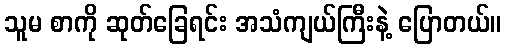
သူမ စာကို ဆုတ်ခြေရင်း အသံကျယ်ကြီးနဲ့ ပြောတယ်။